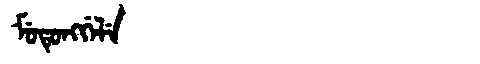
Manchu: ᠮᡠᡨᡠᠩᡤᡝᠯᡝ
Romanization: MUTUNGGELE